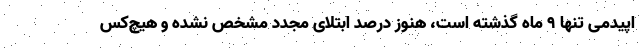
اپیدمی تنها ۹ ماه گذشته است، هنوز درصد ابتلای مجدد مشخص نشده و هیچ‌کس